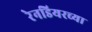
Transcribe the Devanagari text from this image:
रेनडियरच्या